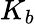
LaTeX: K_{b}